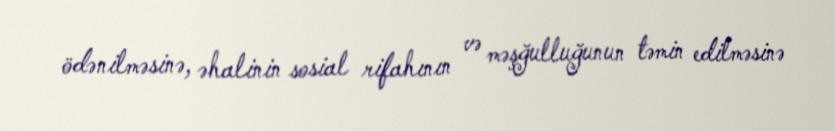
ödənilməsinə, əhalinin sosial rifahının və məşğulluğunun təmin edilməsinə